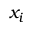
x _ { i }